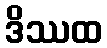
ဒိဿထ